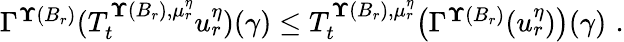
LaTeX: \begin{array}{r}{\Gamma^{{\mathbf\Upsilon}(B_{r})}(T_{t}^{{\mathbf\Upsilon}(B_{r}),{\mu}_{r}^{\eta}}u_{r}^{\eta})(\gamma)\le T_{t}^{{\mathbf\Upsilon}(B_{r}),{\mu}_{r}^{\eta}}\bigl(\Gamma^{{\mathbf\Upsilon}(B_{r})}(u_{r}^{\eta})\bigr)(\gamma)\, \, \mathrm{.}}\end{array}